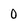
Character: 0